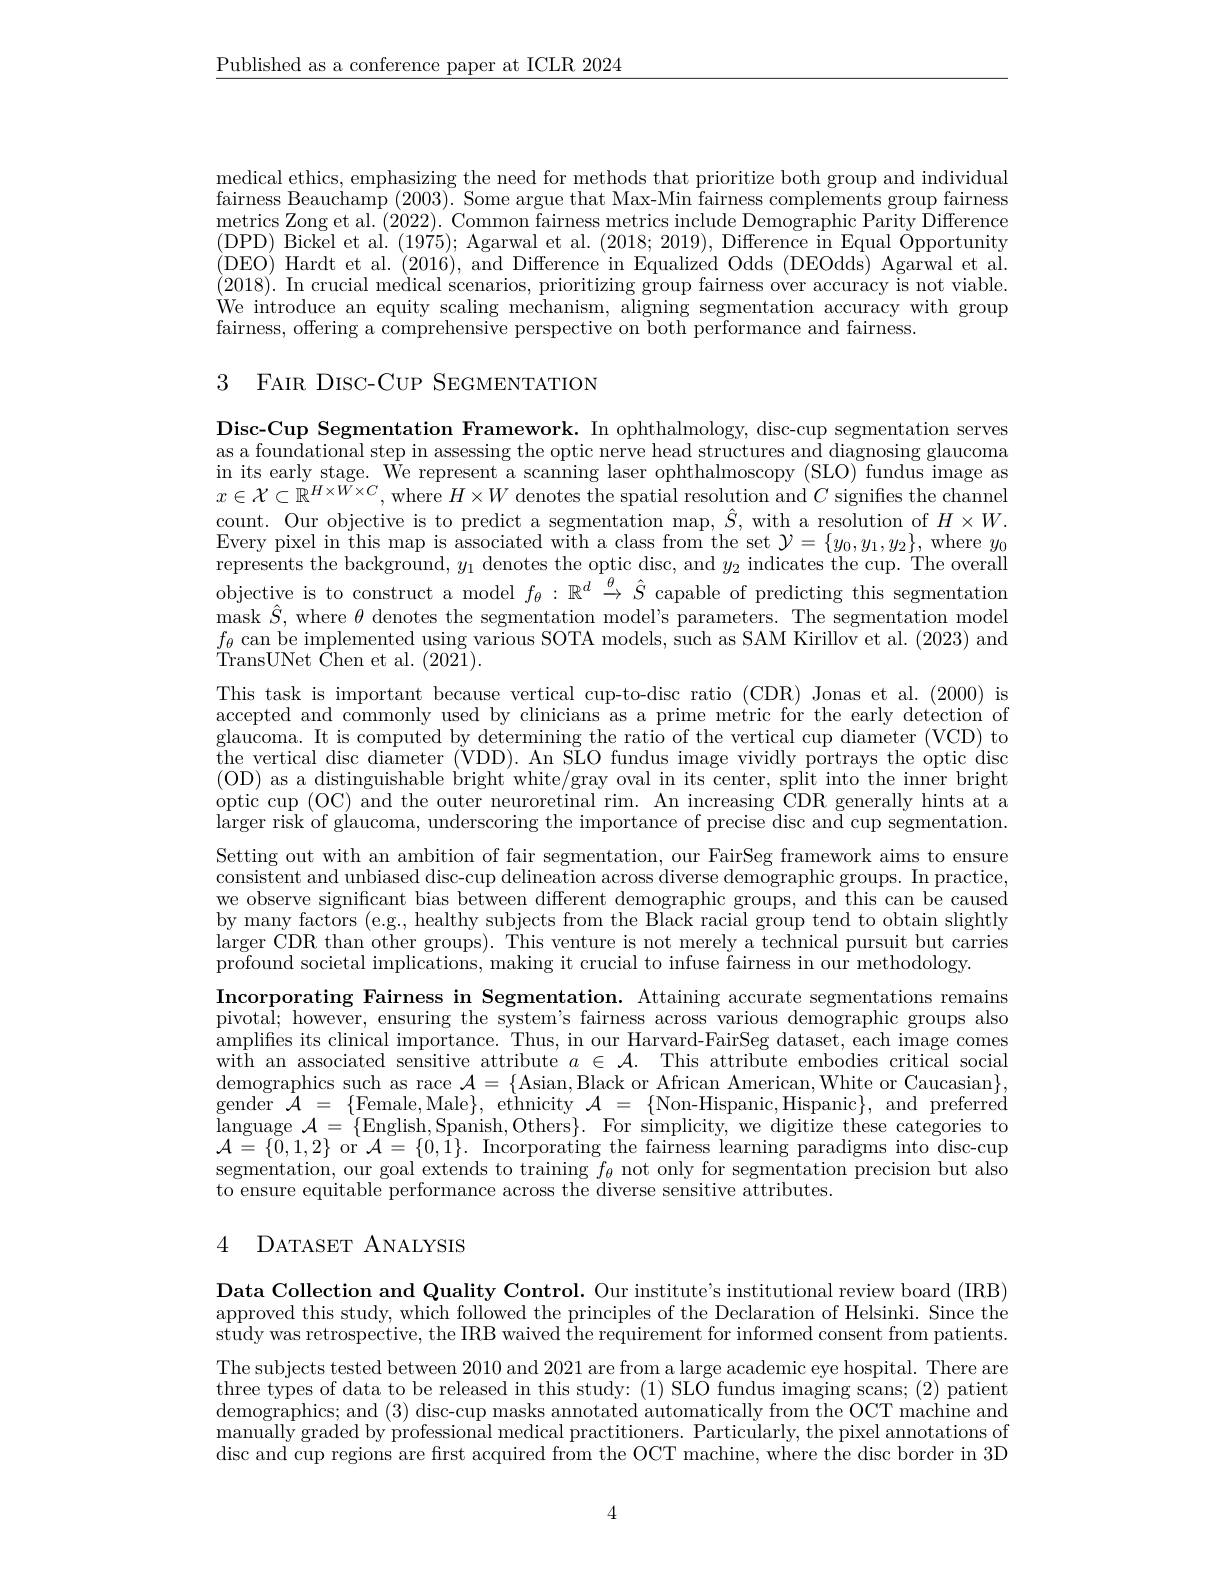
$\underline{\text{Published as a conference paper at ICLR 2024}}$

medical ethics, emphasizing the need for methods that prioritize both group and individual fairness Beauchamp (2003). Some argue that Max-Min fairness complements group fairness metrics Zong et al. (2022). Common fairness metrics include Demographic Parity Difference (DPD) Bickel et al. (1975); Agarwal et al. (2018;2019), Difference in Equal Öpportunity (DEO) Hardt et al. (2016), and Difference in Equalized Odds (DEOdds) Agarwal et al. (2018). In crucial medical scenarios, prioritizing group fairness over accuracy is not viable. We introduce an equity scaling mechanism, aligning segmentation accuracy with group fairness, offering a comprehensive perspective on both performance and fairness.

3 FAIR DISC-CUP SEGMENTATION

Disc-Cup Segmentation Framework. In ophthalmology, disc-cup segmentation serves as a foundational step in assessing the optic nerve head structures and diagnosing glaucoma in its early stage. We represent a scanning laser ophthalmoscopy (SLO) fundus image as $x\in\mathcal{X}\subset\mathbb{R}^{H\times W\times C}$, where $H\times W$ denotes the spatial resolution and $C$ signifies the channel count. Our objective is to predict a segmentation map, $\hat{S}$, with a resolution of $H\times W.$ Every pixel in this map is associated with a class from the set $\mathcal{Y}=\{y_0,y_1,y_2\}$, where $y_0$ represents the background, $y_1$ denotes the optic disc, and $y_2$ indicates the cup. The overall objective is to construct a model $f_\theta:\mathbb{R}^d\stackrel{\theta}{\rightarrow}\hat{S}$ capable of predicting this segmentatiom $\operatorname*{mask}\hat{S}$,where $\theta$ denotes the segmentation model's parameters. The segmentation model $f_{\theta}$ can be implemented using various SOTA models, such as SAM Kirillov et al. (2023) and ${\mathrm{TransUNet~}}{{\dot{\text{Chen et }}}}$
This task is important because vertical cup-to-disc ratio (CDR) Jonas et al. (2000) is accepted and commonly used b glaucoma. It is computed by determining the ratio of the vertical cup diameter (VCD) to the vertical disc diameter ( ( OD) as a distinguishable optic cup (OC) and the outer larger risk of glaucoma, und Setting out with an ambition consistent and unbiased disc we observe significant bias by many factors (e.g., healt larger CDR than other groups profound societal implicatio
Incorporating Fairness in Se pivotal; however, ensuring t amplifes its clinical importance. Thus, in our Harvard-FairSeg dataset, each image comes with an associated sensitive demographics such as race $\mathcal{A}=\{$Asian,Black or African American,White or Caucasian$\}$, gender $\tilde{\mathcal{A}}=\{$Female,Male$\}$,ethnicity $\mathcal{A}=\{$Non-Hispanic,Hispanic$\}$,and preferred language $\mathcal{A}=\{$English,Spanish,Others$\} .$ For simplicity, we digitize these categories to $\mathcal{A}=\{\bar{0},1,2\}$or $\mathcal{A}=\{0,\bar{1}\}.$ Incorporating the fairness learning paradigms into disc-cup segmentation, our goal extends to training $f_\theta$ not only for segmentation precision but also to ensure equitable performance across the diverse sensitive attributes.

### 4 DATASET ANALYSIS

Data Collection and Quality Control. Our institute's institutional review board (IRB) approved this study, which followed the principles of the Declaration of Helsinki. Since the study was retrospective, the IRB waived the requirement for informed consent from patients.

The subjects tested between 2010 and 2021 are from a large academic eye hospital. There are three types of data to be released in this study: (1) SLO fundus imaging scans; (2) patient demographics; and (3) disc-cup masks annotated automatically from the OCT machine and manually graded by professional medical practitioners. Particularly, the pixel annotations of disc and cup regions are first acquired from the OCT machine, where the disc border in 3D

4